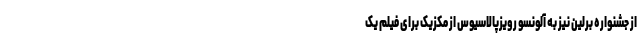
از جشنواره برلین نیز به آلونسو رویزپالاسیوس از مکزیک برای فیلم یک